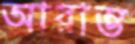
আরাম্ভ